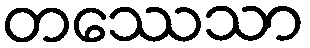
တဿေသာ